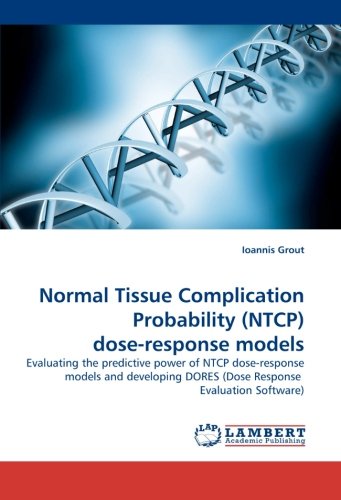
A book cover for Normal Tissue Complication Probability (NTCP) dose-response models: Evaluating the predictive power of NTCP dose-response models and developing DORES (Dose Response Evaluation Software); Ioannis Grout; Medical Books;